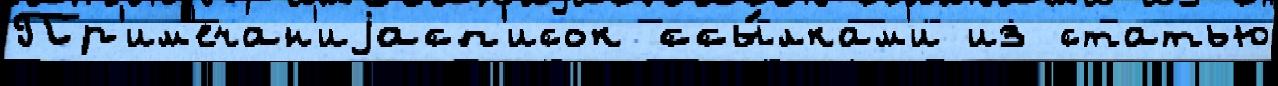
Пр'им'ечан'иjасп'исок ссы́лкам'и из статью